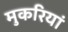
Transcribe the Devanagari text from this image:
मुकरियां